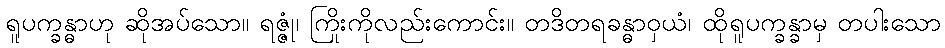
ရူပက္ခန္ဓာဟု ဆိုအပ်သော။ ရဇ္ဇုံ၊ ကြိုးကိုလည်းကောင်း။ တဒိတရခန္ဓာဝှယံ၊ ထိုရူပက္ခန္ခာမှ တပါးသော